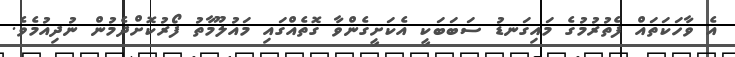
އެ ވާހަކަތައް ފެތުރުމުގެ މައިގަނޑު ސަބަބަކީ އެކަށީގެންވާ ގޮތެއްގައި މައުލޫމާތު ފޯރުކޮށްދެމުން ނުދިއުމެވެ.